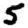
Digit: 5